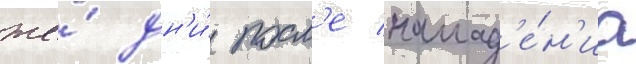
же́ дн'и́ посл'е напад'е́н'иа